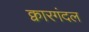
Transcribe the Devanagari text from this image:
क्वारगंदल